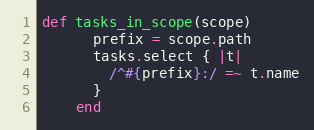
Language: Ruby
def tasks_in_scope(scope)
      prefix = scope.path
      tasks.select { |t|
        /^#{prefix}:/ =~ t.name
      }
    end